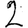
Digit: 2